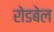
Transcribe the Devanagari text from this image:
रोडबेल